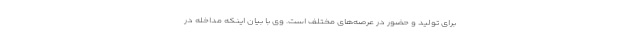
برای تولید و حضور در عرصه‌های مختلف است. وی با بیان اینکه مداخله در